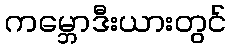
ကမ္ဘောဒီးယားတွင်